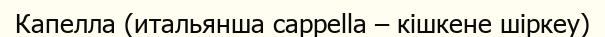
Капелла (итальянша cappella – кішкене шіркеу)